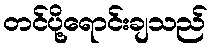
တင်ပို့ရောင်းချသည်